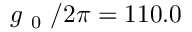
g _ { \mathrm { ~ 0 ~ } } / 2 \pi = 1 1 0 . 0